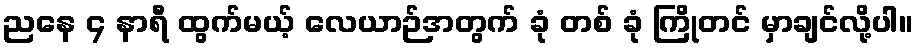
ညနေ ၄ နာရီ ထွက်မယ့် လေယာဉ်အတွက် ခုံ တစ် ခုံ ကြိုတင် မှာချင်လို့ပါ။